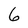
Character: 6